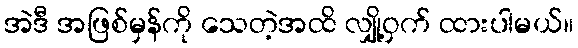
အဲဒီ အဖြစ်မှန်ကို သေတဲ့အထိ လျှို့ဝှက် ထားပါမယ်။